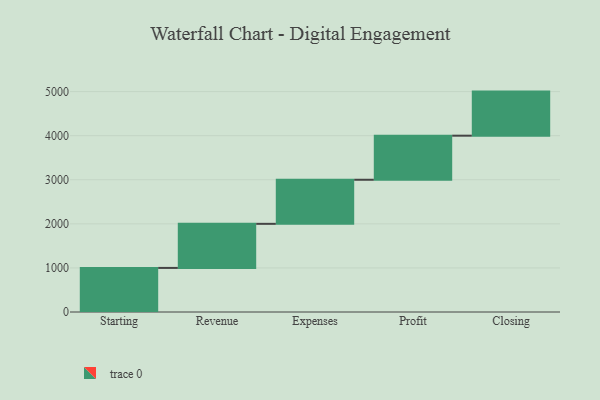
{"axis": {"x": "Step", "y": "Value"}, "legend": [""], "data": [{"x": "Starting", "y": 1000, "type": ""}, {"x": "Revenue", "y": 1000, "type": ""}, {"x": "Expenses", "y": 1000, "type": ""}, {"x": "Profit", "y": 1000, "type": ""}, {"x": "Closing", "y": 1000, "type": ""}]}